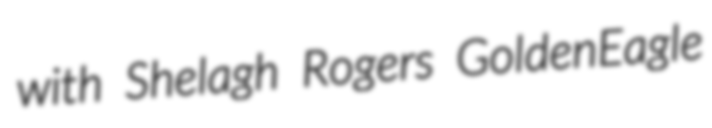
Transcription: with Shelagh Rogers GoldenEagle